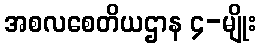
အစလစေတိယဌာန ၄-မျိုး